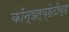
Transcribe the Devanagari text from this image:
कॉन्झर्व्हेटीव्ह